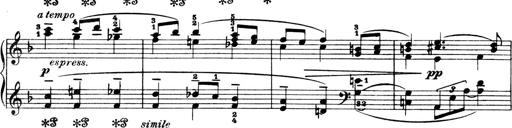
Title: 4 Sonatines
Composer: Max Reger